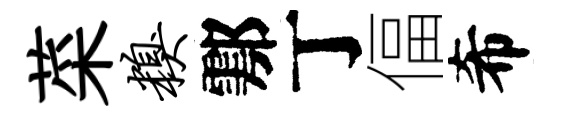
菜糗鄠丁偪希